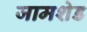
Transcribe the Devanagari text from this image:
जामशेड